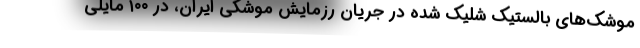
موشک‌های بالستیک شلیک شده در جریان رزمایش موشکی ایران، در ۱۰۰ مایلی